Lunatic asylums Madras 1877-1891 - 1877-1891
Year: 1877
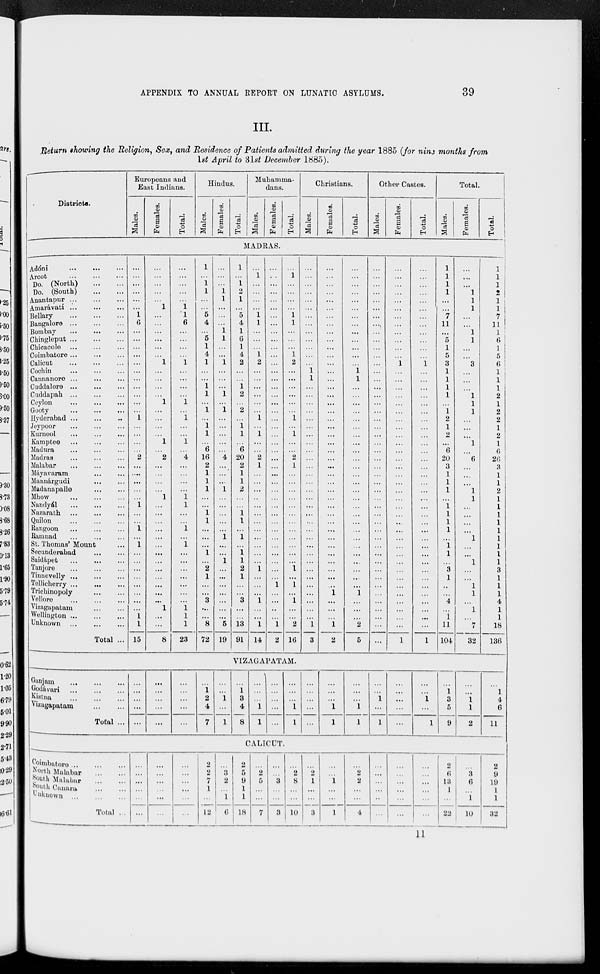
APPENDIX TO ANNUAL REPORT ON LUNATIC ASYLUMS.
39
III.
Return showing the Religion, Sex, and Residence of Patients admitted during the year 1885 ( for nine months from
1st April to 31st December 1885).
Districts.
Europeans and
East Indians.
Males.
Females.
Total.
Hindus.
Males.
Females.
Total.
Muhamma-
dans.
Males.
Females.
Total.
Christians.
Males.
Females.
Total.
Other Castes.
Males.
Females.
Total.
Total.
Males.
Females.
Total.
MADRAS.
Adóni
...
...
...
Arcot ... ... ...
Do. (North)
...
...
Do. (South) ... ...
Anantapur ... ... ...
Amarávati
...
...
...
Bellary
...
...
...
Bangalore
...
...
...
Bombay ... ... ...
Chingleput
...
...
...
Chicacole ... ... ...
Coimbatore ... ... ...
Calicut
...
...
...
Cochin ... ... ...
Cannanore ... ... ...
Cuddalore
...
...
...
Cuddapah
...
...
...
Ceylon
...
...
...
Gooty
...
...
...
Hyderabad ... ... ...
Jeypoor ... ... ...
Kurnool
...
...
...
Kamptee ... ... ...
Madura
...
...
...
Madras
...
...
...
Malabar ... ... ...
Máyavaram ... ... ...
Mannárgudi
...
...
Madanapalle
...
...
Mhow
...
...
...
Nandyál
...
...
...
Nazarath
...
...
...
Quilon
...
...
...
Rangoon
...
...
...
Ramnad
...
...
...
St. Thomas' Mount ...
Secunderabad
...
...
Saidápet
...
...
...
Tanjore
...
...
...
Tinnevelly
...
...
...
Tellicherry
...
...
...
Trichinopoly
...
...
Vellore
...
...
...
Vizagapatam
...
...
Wellington
...
...
...
Unknown
...
...
...
Total ...
...
...
...
...
...
...
1
6
...
...
...
...
...
...
...
...
...
...
...
1
...
...
...
...
2
...
...
...
...
...
1
...
...
1
...
1
...
...
...
...
...
...
...
...
1
1
15
...
...
...
...
...
1
...
...
...
...
...
...
1
...
...
...
...
1
...
...
...
...
1
...
2
...
...
...
...
1
...
...
...
...
...
...
...
...
...
...
...
...
...
1
...
...
8
...
...
...
...
...
1
1
6
...
...
...
...
1
...
...
...
...
1
...
1
...
...
1
...
4
...
...
...
...
1
1
...
...
1
...
1
...
...
...
...
...
...
...
1
1
1
23
1
...
1
1
...
...
5
4
...
5
1
4
1
...
...
1
1
...
1
...
1
1
...
6
16
2
1
1
1
...
...
1
1
...
...
...
1
...
2
1
...
...
3
...
...
8
72
...
...
...
1
1
...
...
...
1
1
...
...
1
...
...
...
1
...
1
...
...
...
...
...
4
...
...
...
1
...
...
...
...
...
1
...
...
1
...
...
...
...
...
...
...
5
19
1
...
1
2
1
...
5
4
1
6
1
4
2
...
...
1
2
...
2
...
1
1
...
6
20
2
1
1
2
...
...
1
1
...
1
...
1
1
2
1
...
...
3
...
...
13
91
...
1
...
...
...
...
1
1
...
...
...
1
2
...
...
...
...
...
...
1
...
1
...
...
2
1
...
...
...
..
...
...
...
...
...
...
...
...
1
...
...
...
1
...
...
1
14
...
...
...
...
...
...
...
...
...
...
...
...
...
...
...
...
...
...
...
...
...
...
...
...
...
...
...
...
...
...
...
...
...
...
...
...
...
...
...
...
1
...
...
...
...
1
2
...
1
...
...
...
...
1
1
...
...
...
1
2
...
...
...
...
...
...
1
...
1
...
...
2
1
...
...
...
...
...
...
...
...
...
...
...
...
1
...
1
...
1
...
...
2
16
...
...
...
...
...
...
...
...
...
...
...
...
...
1
1
...
...
...
...
...
...
...
...
...
...
...
...
...
...
...
...
...
...
...
...
...
...
...
...
...
...
...
...
...
...
1
3
...
...
...
...
...
...
...
...
...
...
...
...
...
...
...
...
...
...
...
...
...
...
...
...
...
...
...
...
...
...
...
...
...
...
...
...
...
...
...
...
...
1
...
...
...
1
2
...
...
...
...
...
...
...
...
...
...
...
...
...
1
1
...
...
...
...
...
...
...
...
...
...
...
...
...
...
...
...
...
...
...
...
...
...
...
...
...
...
1
...
...
...
2
5
...
...
...
...
...
...
...
...
...
...
...
...
...
...
...
...
...
...
...
...
...
...
...
...
...
...
...
...
...
...
...
...
...
...
...
...
...
...
...
...
...
...
...
...
...
...
...
...
...
...
...
...
...
...
...
...
...
...
...
1
...
...
...
...
...
...
...
...
...
...
...
...
...
...
...
...
...
...
...
...
...
...
...
...
...
...
...
...
...
...
...
...
...
1
...
...
...
...
...
...
...
...
...
...
...
...
1
...
...
...
...
...
...
...
...
...
...
...
...
...
...
...
...
...
...
...
...
...
...
...
...
...
...
...
...
...
...
...
...
1
1
1
1
1
...
...
7
11
...
5
1
5
3
1
1
1
1
...
1
2
1
2
...
6
20
3
1
1
1
...
1
1
1
1
...
1
1
...
3
1
..
...
4
...
1
11
104
...
...
...
1
1
1
...
...
1
1
...
...
3
...
...
...
1
1
1
...
...
...
1
...
6
...
...
...
1
1
...
...
...
...
1
...
...
1
...
...
1
1
...
1
...
7
32
1
1
1
2
1
1
7
11
1
6
1
5
6
1
1
1
2
1
2
2
1
2
1
6
26
3
1
1
2
1
1
1
1
1
1
1
1
1
3
1
1
1
4
1
1
18
136
VIZAGAPATAM.
Ganjam
...
...
...
Godávari
...
...
...
Kistna ... ... ...
Vizagapatam
...
...
Total ...
...
...
...
...
...
...
...
...
...
...
...
...
...
...
...
...
1
2
4
7
...
...
1
...
1
...
1
3
4
8
...
...
...
1
1
...
...
...
...
...
...
...
...
1
1
...
...
...
...
...
...
...
...
1
1
...
...
...
1
1
...
...
1
...
1
...
...
...
...
...
...
...
1
...
1
...
1
3
5
9
...
...
1
1
2
...
1
4
6
11
CALICUT.
Coimbatore ... ... ...
North Malabar ... ... ...
South Malabar ... ... ...
SouthCanara
...
...
Unknown
...
...
...
Total ...
...
...
...
...
...
...
...
...
...
...
...
...
...
...
...
....
...
...
2
2
7
1
...
12
...
3
2
...
1
6
2
5
9
1
1
18
...
2
5
...
...
7
...
...
3
...
...
3
...
2
8
...
...
10
...
2
1
...
...
3
...
...
1
...
...
1
...
2
2
...
...
4
...
...
...
...
...
...
...
...
...
...
...
...
...
...
...
...
...
...
2
6
13
1
...
22
...
3
6
...
1
10
2
9
19
1
1
32
11